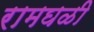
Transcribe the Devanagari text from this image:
रामघळी